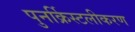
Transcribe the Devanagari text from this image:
पुनर्क्रिस्टलीकरण